Vaccination in Bombay 1869-1873 - 1869-1873
Year: 1869
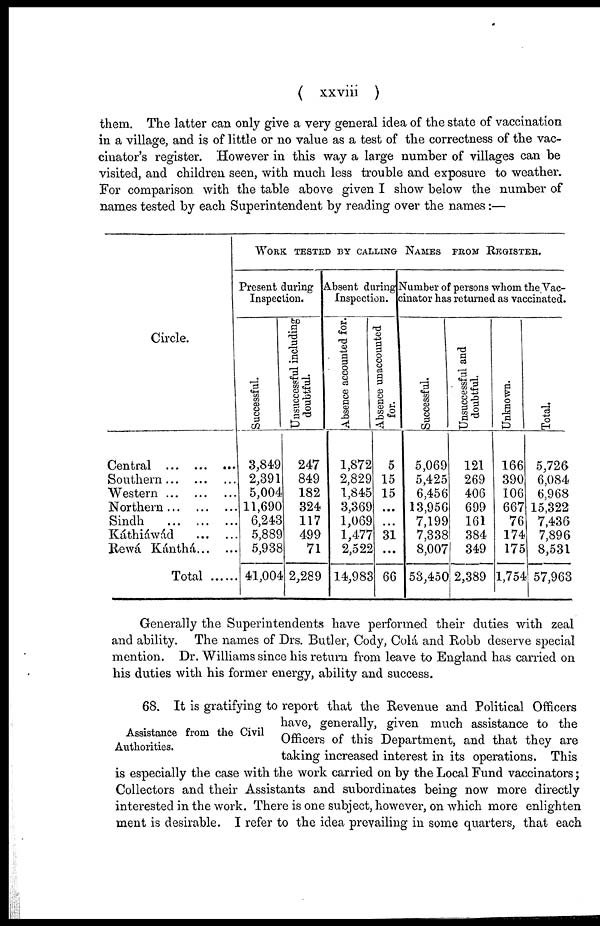
( xxviii )
them. The latter can only give a very general idea of the state of vaccination
in a village, and is of little or no value as a test of the correctness of the vac-
cinator's register. However in this way a large number of villages can be
visited, and children seen, with much less trouble and exposure to weather.
For comparison with the table above given I show below the number of
names tested by each Superintendent by reading over the names:—
Circle.
Central ... ... ...
Southern...
...
...
Western...
...
...
Northern... ... ...
Sindh
...
...
...
Káthiáwád
...
...
Rewá Kánthá... ...
Total ......
WORK TESTED BY CALLING NAMES FROM REGISTED.
Present during
Inspection.
Successful.
3,849
2,391
5,004
11,690
6,243
5,889
5,938
41,004
Unsuccessful including
doubtful.
247
849
182
324
117
499
71
2,289
Absent during
Inspection.
Absence accounted for.
1,872
2,829
1,845
3,369
1,069
1,477
2,522
14,983
Absence unaccounted
for.
5
15
15
...
...
31
...
66
Number of persons whom the Vac¬
cinator has returned as vaccinated.
Successful.
5,069
5,425
6,456
13,956
7,199
7,338
8,007
53,450
Unsuccessful and
doubtful.
121
269
406
699
161
384
349
2,389
Unknown.
166
390
106
667
76
174
175
1,754
Total.
5,726
6,084
6,968
15,322
7,436
7,896
8,531
57,963
Generally the Superintendents have performed their duties with zeal
and ability. The names of Drs. Butler, Cody, Colá and Robb deserve special
mention. Dr. Williams since his return from leave to England has carried on
his duties with his former energy, ability and success.
Assistance from the Civil
Authorities.
68. It is gratifying to report that the Revenue and Political Officers
have, generally, given much assistance to the
Officers of this Department, and that they are
taking increased interest in its operations. This
is especially the case with the work carried on by the Local Fund vaccinators;
Collectors and their Assistants and subordinates being now more directly
interested in the work. There is one subject, however, on which more enlighten
ment is desirable. I refer to the idea prevailing in some quarters, that each